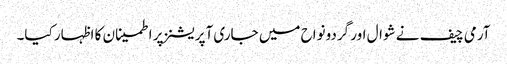
آرمی چیف نے شوال اور گردونواح میں جاری آپریشنز پر اطمینان کا اظہار کیا۔